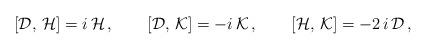
LaTeX: \begin{align*}[{\cal D},\,{\cal H} ]=i\,{\cal H}\,,\qquad [{\cal D},\,{\cal K}]=-i\,{\cal K}\,,\qquad [{\cal H},\,{\cal K}]=-2\,i\,{\cal D}\,,\end{align*}